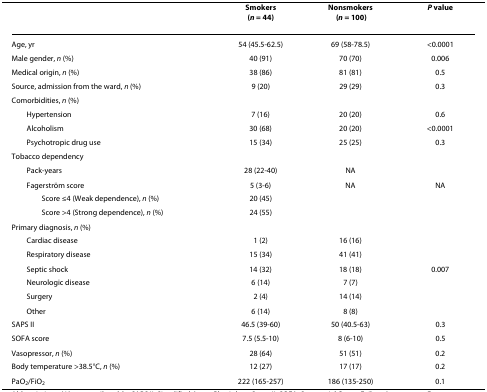
|  | Smokers(n = 44) | Nonsmokers(n = 100) | P value |
 | --- | --- | --- | --- |
 | Age, yr | 54 (45.5-62.5) | 69 (58-78.5) | <0.0001 |
 | Male gender, n (%) | 40 (91) | 70 (70) | 0.006 |
 | Medical origin, n (%) | 38 (86) | 81 (81) | 0.5 |
 | Source, admission from the ward, n (%) | 9 (20) | 29 (29) | 0.3 |
 | Comorbidities, n (%) |  |  |  |
 | Hypertension | 7 (16) | 20 (20) | 0.6 |
 | Alcoholism | 30 (68) | 20 (20) | <0.0001 |
 | Psychotropic drug use | 15 (34) | 25 (25) | 0.3 |
 | Tobacco dependency |  |  |  |
 | Pack-years | 28 (22-40) | NA |  |
 | Fagerström score | 5 (3-6) | NA | NA |
 | Score ≤4 (Weak dependence), n (%) | 20 (45) |  |  |
 | Score >4 (Strong dependence), n (%) | 24 (55) |  |  |
 | Primary diagnosis, n (%) |  |  |  |
 | Cardiac disease | 1 (2) | 16 (16) |  |
 | Respiratory disease | 15 (34) | 41 (41) |  |
 | Septic shock | 14 (32) | 18 (18) | 0.007 |
 | Neurologic disease | 6 (14) | 7 (7) |  |
 | Surgery | 2 (4) | 14 (14) |  |
 | Other | 6 (14) | 8 (8) |  |
 | SAPS II | 46.5 (39-60) | 50 (40.5-63) | 0.3 |
 | SOFA score | 7.5 (5.5-10) | 8 (6-10) | 0.5 |
 | Vasopressor, n (%) | 28 (64) | 51 (51) | 0.2 |
 | Body temperature >38.5°C, n (%) | 12 (27) | 17 (17) | 0.2 |
 | PaO2/FiO2 | 222 (165-257) | 186 (135-250) | 0.1 |